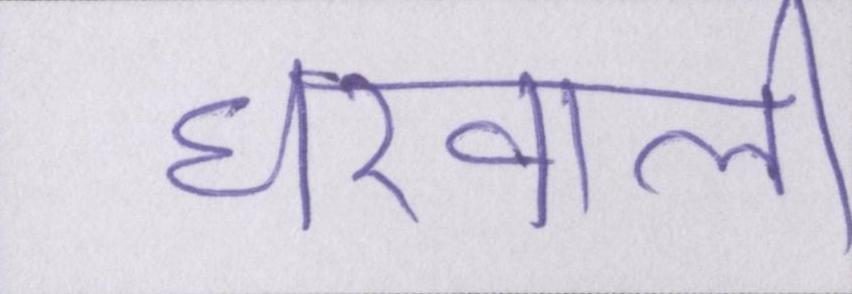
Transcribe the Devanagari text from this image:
घरवाली